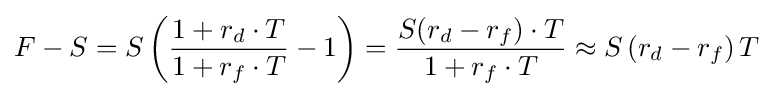
F-S=S\left({\frac {1+r_{d}\cdot T}{1+r_{f}\cdot T}}-1\right)={\frac {S(r_{d}-r_{f})\cdot T}{1+r_{f}\cdot T}}\approx S\left(r_{d}-r_{f}\right)T